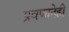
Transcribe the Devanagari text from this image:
प्रवणानेही